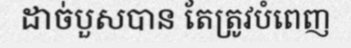
ដាច់បួសបាន តែត្រូវបំពេញ